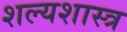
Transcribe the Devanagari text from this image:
शल्यशास्त्र